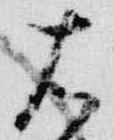
右